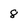
Character: 8